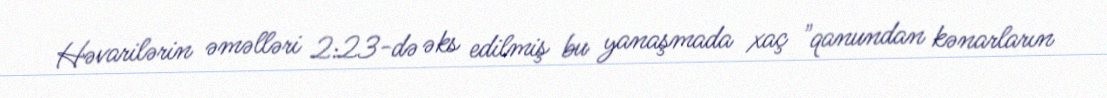
Həvarilərin əməlləri 2:23-də əks edilmiş bu yanaşmada xaç "qanundan kənarların